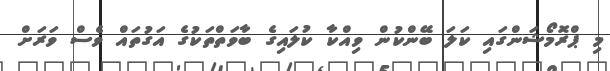
މި ޕްރޮމޯޝަންގައި ކަލަ ބޭންކުން ވިއްކާ ކުލައިގެ ބާވަތްތަކުގެ އަގުތައް ވެސް ވަރަށް